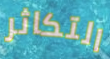
التكاثر